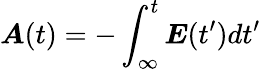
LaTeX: \boldsymbol{A}(t)=-\int_{\infty}^{t}\boldsymbol{E}(t^{\prime})dt^{\prime}